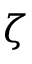
\zeta